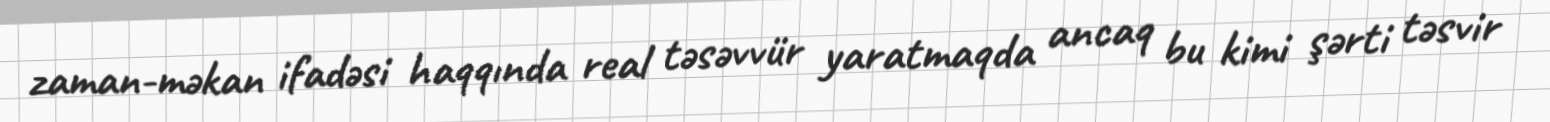
zaman-məkan ifadəsi haqqında real təsəvvür yaratmaqda ancaq bu kimi şərti təsvir